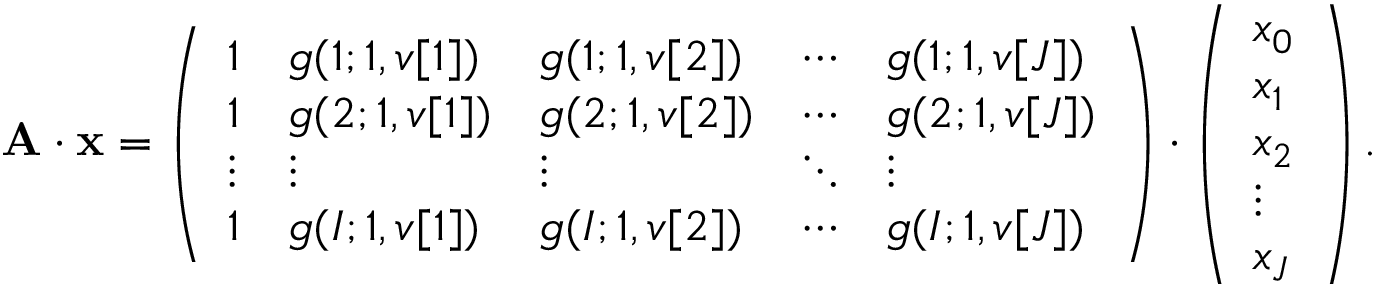
\mathbf { A \cdot x } = \left( \begin{array} { l l l l l } { 1 } & { g ( 1 ; 1 , v [ 1 ] ) } & { g ( 1 ; 1 , v [ 2 ] ) } & { \cdots } & { g ( 1 ; 1 , v [ J ] ) } \\ { 1 } & { g ( 2 ; 1 , v [ 1 ] ) } & { g ( 2 ; 1 , v [ 2 ] ) } & { \cdots } & { g ( 2 ; 1 , v [ J ] ) } \\ { \vdots } & { \vdots } & { \vdots } & { \ddots } & { \vdots } \\ { 1 } & { g ( I ; 1 , v [ 1 ] ) } & { g ( I ; 1 , v [ 2 ] ) } & { \cdots } & { g ( I ; 1 , v [ J ] ) } \end{array} \right) \cdot \left( \begin{array} { l } { x _ { 0 } } \\ { x _ { 1 } } \\ { x _ { 2 } } \\ { \vdots } \\ { x _ { J } } \end{array} \right) .